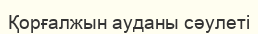
Қорғалжын ауданы сәулеті